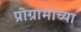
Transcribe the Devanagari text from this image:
प्रोग्रामाच्या